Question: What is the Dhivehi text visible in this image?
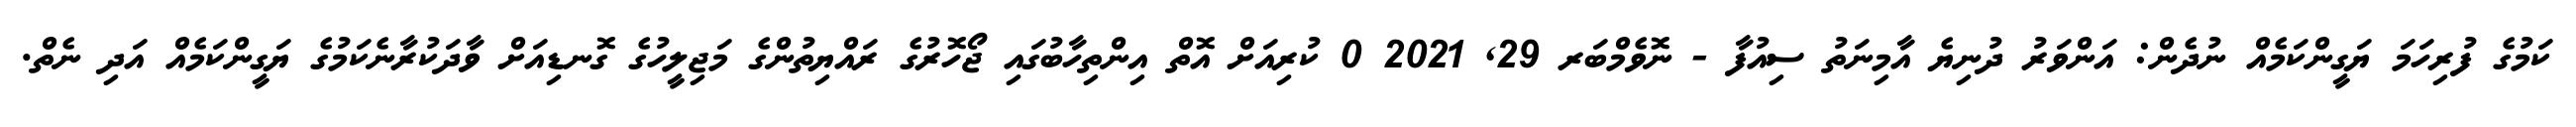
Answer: ކަމުގެ ފުރިހަމަ ޔަގީންކަމެއް ނުދެން: އަންވަރު ދުނިޔެ އާމިނަތު ސިއުފާ - ނޮވެމްބަރ 29, 2021 0 ކުރިއަށް އޮތް އިންތިހާބުގައި ޖޯހޮރުގެ ރައްޔިތުންގެ މަޖިލީހުގެ ގޮނޑިއަށް ވާދަކުރާނެކަމުގެ ޔަގީންކަމެއް އަދި ނެތް.